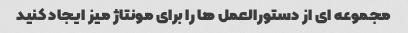
مجموعه ای از دستورالعمل ها را برای مونتاژ میز ایجاد کنید